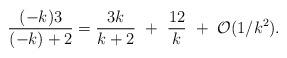
LaTeX: \begin{align*}{(-k)3\over(-k)+2}={3k\over k+2}~+~{12\over k}~+~{\cal O}(1/k^2).\end{align*}